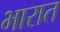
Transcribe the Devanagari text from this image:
भारात